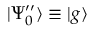
| \Psi _ { 0 } ^ { \prime \prime } \rangle \equiv | g \rangle